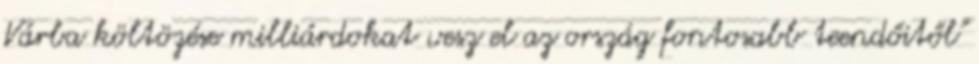
Várba költözése milliárdokat vesz el az ország fontosabb teendőitől"